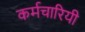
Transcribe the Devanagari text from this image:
कर्मचारियी